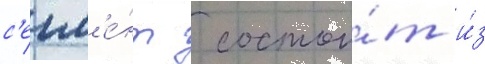
с'егм'е́нт  состои́т и́з